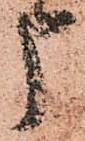
申